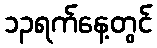
၁၃ရက်နေ့တွင်